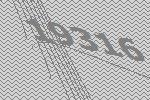
19316